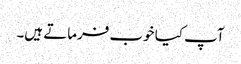
آپ کیا خوب فرماتے ہیں۔